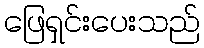
ဖြေရှင်းပေးသည်